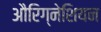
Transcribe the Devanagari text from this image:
औरिग्नेशियन